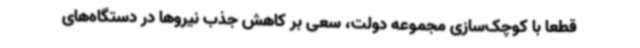
قطعا با کوچک‌سازی مجموعه دولت، سعی بر کاهش جذب نیروها در دستگاه‌های